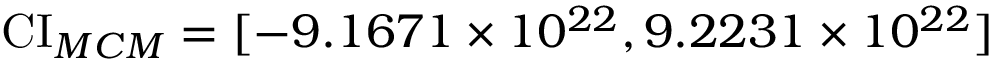
\operatorname { C I } _ { M C M } = [ - 9 . 1 6 7 1 \times 1 0 ^ { 2 2 } , 9 . 2 2 3 1 \times 1 0 ^ { 2 2 } ]